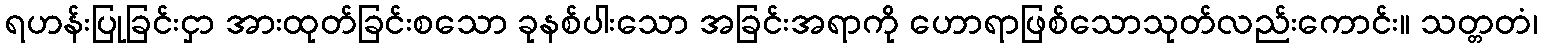
ရဟန်းပြုခြင်းငှာ အားထုတ်ခြင်းစသော ခုနစ်ပါးသော အခြင်းအရာကို ဟောရာဖြစ်သောသုတ်လည်းကောင်း။ သတ္တတံ၊